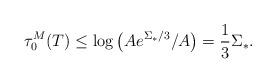
LaTeX: \begin{align*}\tau_0^M(T) \le \log \left( Ae^{\Sigma_*/3}/A \right) = \frac{1}{3}\Sigma_*. \end{align*}